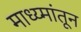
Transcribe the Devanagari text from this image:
माध्य्मांतून